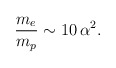
\begin{align*}{m_e \over m_p} \sim 10 \, \alpha^2. \end{align*}